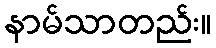
နာမ်သာတည်း။